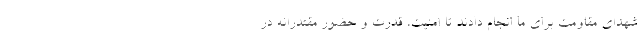
شهدای مقاومت برای ما انجام دادند تا امنیت، قدرت و حضور مقتدرانه در